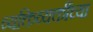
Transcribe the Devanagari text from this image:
व्यक्तिव्यक्तींच्या